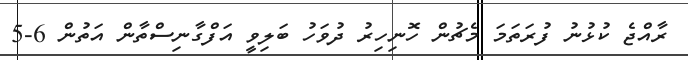
ރާއްޖެ ކުޅުނު ފުރަތަމަ މެޗުން ހޮނިހިރު ދުވަހު ބަލިވީ އަފްގާނިސްތާން އަތުން 6-5